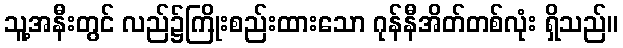
သူ့အနီးတွင် လည်၌ကြိုးစည်းထားသော ဂုန်နီအိတ်တစ်လုံး ရှိသည်။